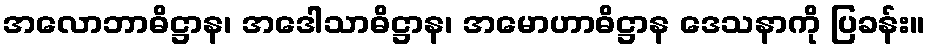
အလောဘာဓိဋ္ဌာန၊ အဒေါသာဓိဋ္ဌာန၊ အမောဟာဓိဋ္ဌာန ဒေသနာကို ပြခန်း။